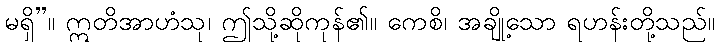
မရှိ”။ ဣတိအာဟံသု၊ ဤသို့ဆိုကုန်၏။ ကေစိ၊ အချို့သော ရဟန်းတို့သည်။